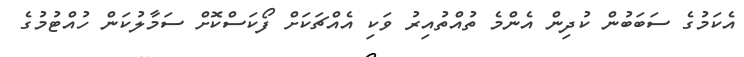
އެކަމުގެ ސަަބަބުން ކުދިން އެންމެ ތުއްތުއިރު ވަކި އެއްޗަކަށް ފޯކަސްކޮށް ސަމާލުކަން ހުއްޓުމުގެ